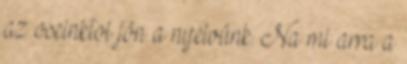
az oseinktol jön a nyelvünk. Na mi arra a